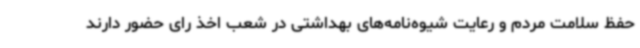
حفظ سلامت مردم و رعایت شیوه‌نامه‌های بهداشتی در شعب اخذ رای حضور دارند